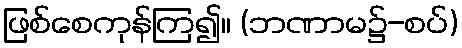
ဖြစ်စေကုန်ကြ၍။ (ဘဏာမ၌-စပ်)